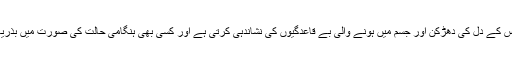
یہ گھڑی جس شخص کی کلائی پر بندھی ہو اُس کے دل کی دھڑکن اور جسم میں ہونے والی بے قاعدگیوں کی نشاندہی کرتی ہے اور کسی بھی ہنگامی حالت کی صورت میں بذریعہ میسج آپ کو صورتحال سے آگاہ کرتی ہے۔